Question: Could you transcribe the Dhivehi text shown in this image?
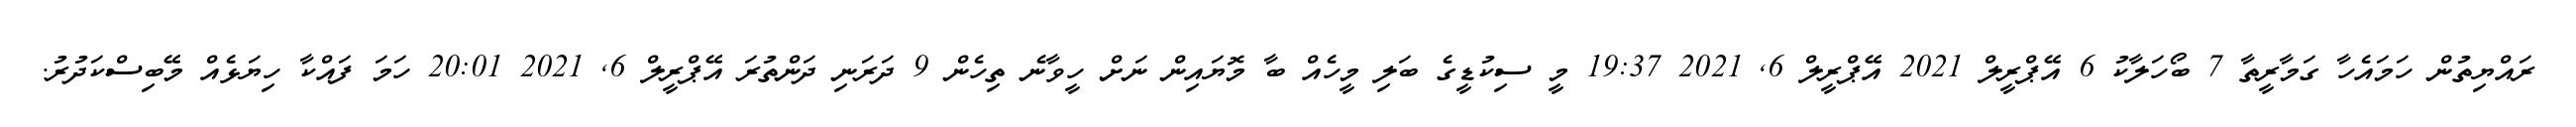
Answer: ރައްޔިތުން ހަމައެހާ ގަމާރީތާ 7 ބޯހަލާކު 6 އޭޕްރީލް 2021 އޭޕްރީލް 6, 2021 19:37 މީ ސިކުޑީގެ ބަލި މީހެއް ބާ މޮޔައިން ނަށް ހީވާނެ ތިހެން 9 ދަރަނި ދަންތުރަ އޭޕްރީލް 6, 2021 20:01 ހަމަ ފައްކާ ހިޔަޅެއް މޭބިސްކަދުރު.